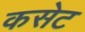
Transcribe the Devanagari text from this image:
कसेट